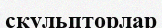
скульпторлар